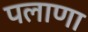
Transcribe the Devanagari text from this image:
पलाणा